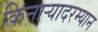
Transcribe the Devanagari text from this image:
किनाऱ्यादरम्यान